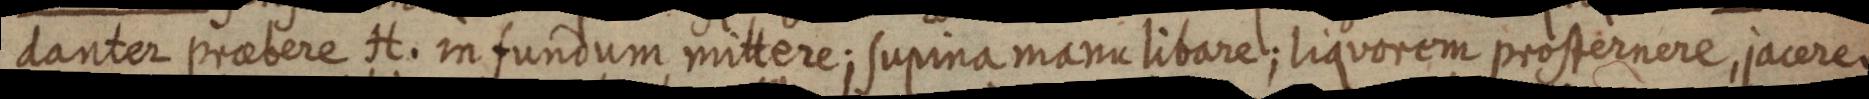
danter praebere H. infundum mittere; supina manu libare; liquorem prosternere, jacere